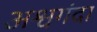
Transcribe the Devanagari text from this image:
अश्वगंदा